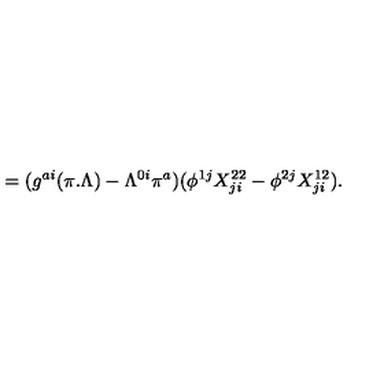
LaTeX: = ( g ^ { a i } ( \pi . \Lambda ) - \Lambda ^ { 0 i } \pi ^ { a } ) ( \phi ^ { 1 j } X _ { j i } ^ { 2 2 } - \phi ^ { 2 j } X _ { j i } ^ { 1 2 } ) .